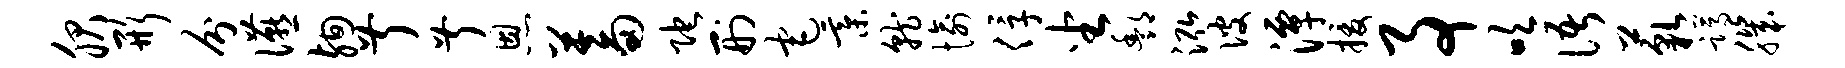
服形分宴殉叔叔恩蓄陀刑宅綦就愉俘坐酆泓彼潭援事吹语藐蹲肌